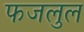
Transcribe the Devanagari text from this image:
फजलुल